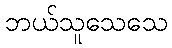
ဘယ်သူသေသေ